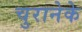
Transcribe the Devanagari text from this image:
चुरानेके